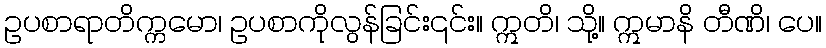
ဥပစာရာတိက္ကမော၊ ဥပစာကိုလွန်ခြင်း၎င်း။ ဣတိ၊ သို့။ ဣမာနိ တီဏိ၊ ပေ။